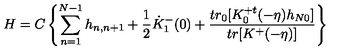
H = C \left\{ \sum _ { n = 1 } ^ { N - 1 } h _ { n , n + 1 } + \frac { 1 } { 2 } \dot { K } _ { 1 } ^ { - } ( 0 ) + \frac { t r _ { 0 } [ K _ { 0 } ^ { + t } ( - \eta ) h _ { N 0 } ] } { t r [ K ^ { + } ( - \eta ) ] } \right\}